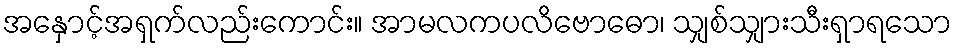
အနှောင့်အရှက်လည်းကောင်း။ အာမလကပလိဗောဓော၊ သျှစ်သျှားသီးရှာရသော